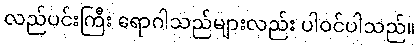
လည်ပင်းကြီး ရောဂါသည်များလည်း ပါဝင်ပါသည်။